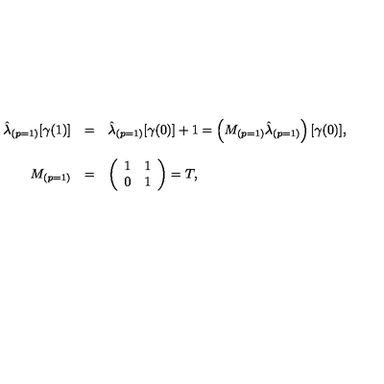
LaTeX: \begin{array} { r c l } { \hat { \lambda } _ { ( p = 1 ) } [ \gamma ( 1 ) ] } & { = } & { \hat { \lambda } _ { ( p = 1 ) } [ \gamma ( 0 ) ] + 1 = \left( M _ { ( p = 1 ) } \hat { \lambda } _ { ( p = 1 ) } \right) [ \gamma ( 0 ) ] , } \\ { } & { } & { } \\ { M _ { ( p = 1 ) } } & { = } & { \left( \begin{array} { c c } { 1 } & { 1 } \\ { 0 } & { 1 } \\ \end{array} \right) = T , } \\ \end{array}